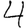
Digit: 4